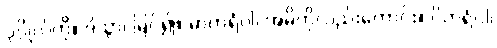
ပုဂ္ဂိုလ်ကို။ ဒိသွာ၊ မြင်၍။ မာတရံဝါ၊ အမိကိုလည်းကောင်း။ ပိတရံဝါ၊